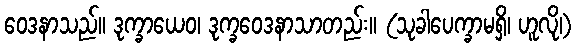
ဝေဒနာသည်။ ဒုက္ခာယေဝ၊ ဒုက္ခဝေဒနာသာတည်း။ (သုခါပေက္ခာမရှိ၊ ဟူလို၊)